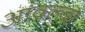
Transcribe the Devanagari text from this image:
आंवल्दा